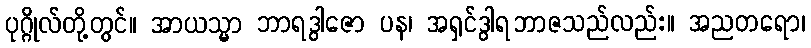
ပုဂ္ဂိုလ်တို့တွင်။ အာယသ္မာ ဘာရဒွါဇော ပန၊ အရှင်ဒွါရဘာဇသည်လည်း။ အညတရော၊